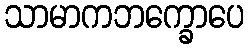
သာမာကဘက္ခောပေ